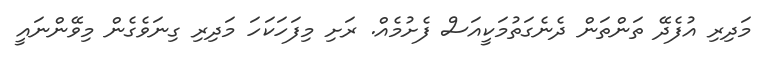
މަދިރި އުފެދޭ ތަންތަން ދެނެގަތުމަކީއަސް ފެށުމެއް. ރަށި މިފަހަކަހަ މަދިރި ގިނަވެގެން މިވޭންނައީ